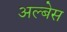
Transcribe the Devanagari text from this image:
अल्बेस